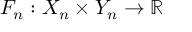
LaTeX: F _ { n } : X _ { n } \times Y _ { n } \rightarrow \mathbb { R }